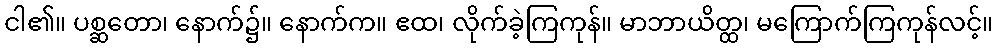
ငါ၏။ ပစ္ဆတော၊ နောက်၌။ နောက်က။ ဧထ၊ လိုက်ခဲ့ကြကုန်။ မာဘာယိတ္ထ၊ မကြောက်ကြကုန်လင့်။